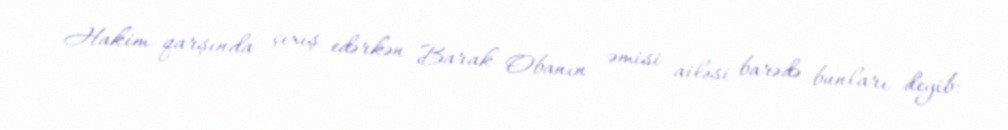
Hakim qarşında çıxış edərkən Barak Obanın əmisi ailəsi barədə bunları deyib: